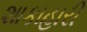
શાકાહારી